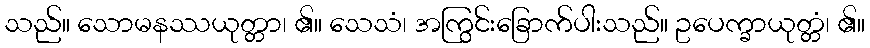
သည်။ သောမနဿယုတ္တာ၊ ၏။ သေသံ၊ အကြွင်းခြောက်ပါးသည်။ ဥပေက္ခာယုတ္တံ၊ ၏။